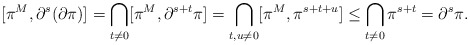
\begin{align*}[\pi^M,\partial^s(\partial\pi)] & =\bigcap_{t\neq 0} [\pi^M, \partial^{s+t}\pi]=\bigcap_{t,u\neq 0} [\pi^M, \pi^{s+t+u}]\leq \bigcap_{t\neq 0}\pi^{s+t}=\partial^s\pi.\end{align*}